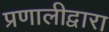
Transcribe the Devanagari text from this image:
प्रणालीद्वारा